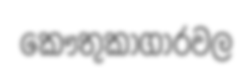
කෞතුකාගාරවල